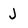
Character: J